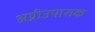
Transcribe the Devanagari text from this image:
अग्नीउपासक